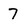
Character: 7